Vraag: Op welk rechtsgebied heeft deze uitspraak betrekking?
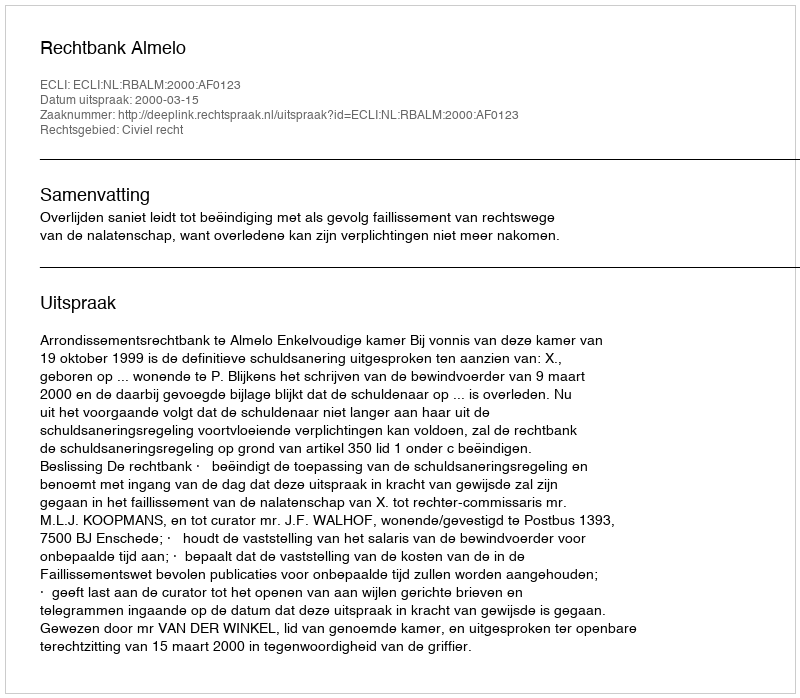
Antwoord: Civiel recht